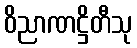
ဝိညာဏဋ္ဌိတီသု